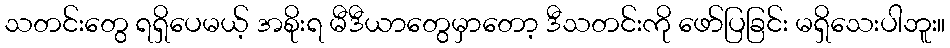
သတင်းတွေ ရရှိပေမယ့် အစိုးရ မီဒီယာတွေမှာတော့ ဒီသတင်းကို ဖော်ပြခြင်း မရှိသေးပါဘူး။